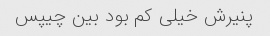
پنیرش خیلی کم بود بین چیپس